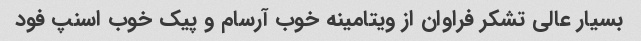
بسیار عالی تشکر فراوان از ویتامینه خوب آرسام و پیک خوب اسنپ فود